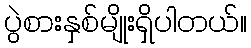
ပွဲစားနှစ်မျိုးရှိပါတယ်။